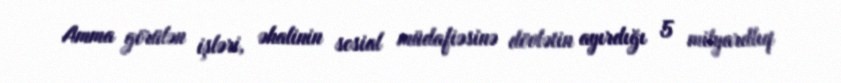
Amma görülən işləri, əhalinin sosial müdafiəsinə dövlətin ayırdığı 5 milyardlıq